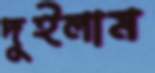
দুইলাম